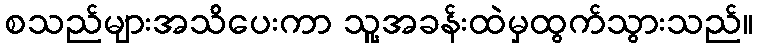
စသည်များအသိပေးကာ သူ့အခန်းထဲမှထွက်သွားသည်။